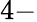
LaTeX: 4\mathrm{-}